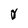
Character: 0